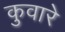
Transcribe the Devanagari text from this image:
कुवारे